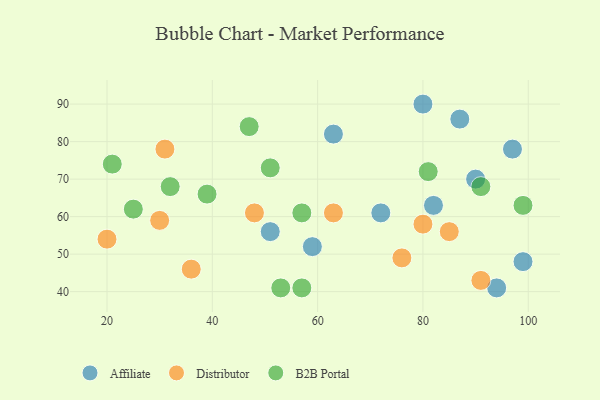
{"axis": {"x": "GDP", "y": "Life Expectancy"}, "legend": ["Affiliate", "B2B Portal", "Distributor"], "data": [{"x": "59", "y": 52, "type": "Affiliate"}, {"x": "82", "y": 63, "type": "Affiliate"}, {"x": "80", "y": 90, "type": "Affiliate"}, {"x": "94", "y": 41, "type": "Affiliate"}, {"x": "99", "y": 48, "type": "Affiliate"}, {"x": "51", "y": 56, "type": "Affiliate"}, {"x": "97", "y": 78, "type": "Affiliate"}, {"x": "90", "y": 70, "type": "Affiliate"}, {"x": "72", "y": 61, "type": "Affiliate"}, {"x": "87", "y": 86, "type": "Affiliate"}, {"x": "63", "y": 82, "type": "Affiliate"}, {"x": "30", "y": 59, "type": "Distributor"}, {"x": "91", "y": 43, "type": "Distributor"}, {"x": "36", "y": 46, "type": "Distributor"}, {"x": "31", "y": 78, "type": "Distributor"}, {"x": "20", "y": 54, "type": "Distributor"}, {"x": "63", "y": 61, "type": "Distributor"}, {"x": "85", "y": 56, "type": "Distributor"}, {"x": "80", "y": 58, "type": "Distributor"}, {"x": "76", "y": 49, "type": "Distributor"}, {"x": "48", "y": 61, "type": "Distributor"}, {"x": "21", "y": 74, "type": "B2B Portal"}, {"x": "91", "y": 68, "type": "B2B Portal"}, {"x": "53", "y": 41, "type": "B2B Portal"}, {"x": "57", "y": 41, "type": "B2B Portal"}, {"x": "32", "y": 68, "type": "B2B Portal"}, {"x": "25", "y": 62, "type": "B2B Portal"}, {"x": "57", "y": 61, "type": "B2B Portal"}, {"x": "51", "y": 73, "type": "B2B Portal"}, {"x": "47", "y": 84, "type": "B2B Portal"}, {"x": "81", "y": 72, "type": "B2B Portal"}, {"x": "99", "y": 63, "type": "B2B Portal"}, {"x": "39", "y": 66, "type": "B2B Portal"}]}